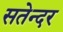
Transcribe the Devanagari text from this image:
सतेन्दर